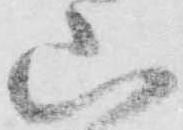
山